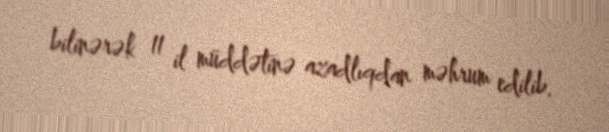
bilinərək 11 il müddətinə azadlıqdan məhrum edilib.